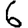
Digit: 6